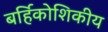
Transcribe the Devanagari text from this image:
बर्हिकोशिकीय